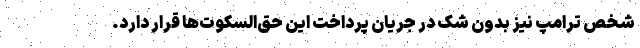
شخص ترامپ نیز بدون شک در جریان پرداخت این حق‌السکوت‌ها قرار دارد.